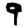
Digit: 9